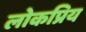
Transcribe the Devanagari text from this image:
लोकप्रिय